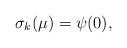
LaTeX: \begin{align*}\sigma_k(\mu)=\psi(0),\end{align*}